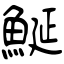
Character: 鯅